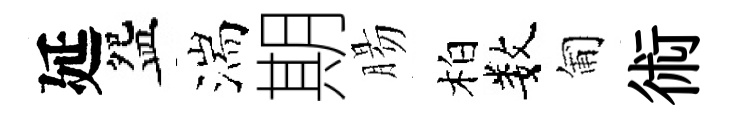
延盌湍期腸柏数匍術